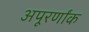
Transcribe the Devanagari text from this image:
अपूरर्णांक